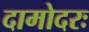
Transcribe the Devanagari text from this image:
दामोदरः